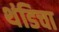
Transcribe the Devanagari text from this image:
थंडिचा